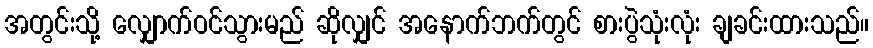
အတွင်းသို့ လျှောက်ဝင်သွားမည် ဆိုလျှင် အနောက်ဘက်တွင် စားပွဲသုံးလုံး ချခင်းထားသည်။